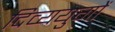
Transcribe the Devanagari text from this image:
दिव्ययुगों